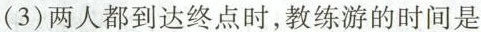
(3)两人都到达终点时，教练游的时间是